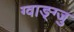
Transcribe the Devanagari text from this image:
ग्वाङ्ग्जु